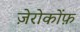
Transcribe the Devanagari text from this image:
ज़ेरोकोंफ़